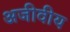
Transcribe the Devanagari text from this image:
अजीवीय